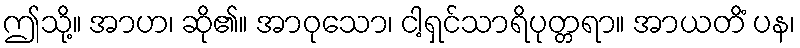
ဤသို့။ အာဟ၊ ဆို၏။ အာဝုသော၊ ငါ့ရှင်သာရိပုတ္တရာ။ အာယတိံ ပန၊